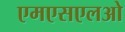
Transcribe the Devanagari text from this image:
एमएसएलओ